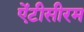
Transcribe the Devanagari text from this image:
ऐंटीसीरम